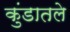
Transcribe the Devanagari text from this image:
कुंडातले